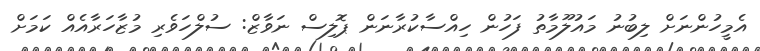
އެމީހުންނަށް ލިބުނު މައުލޫމާތު ފަހުން ހިއްސާކުރާނަން ޕޮލިސް ނަވާޒް: ސުލްހަވެރި މުޒާހަރާއެއް ކަމަށް